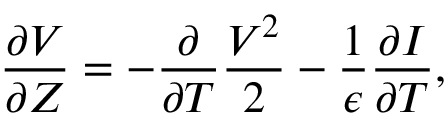
\frac { \partial V } { \partial Z } = - \frac { \partial } { \partial T } \frac { V ^ { 2 } } { 2 } - \frac { 1 } { \epsilon } \frac { \partial I } { \partial T } ,